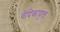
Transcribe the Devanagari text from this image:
वेदिकायुक्त